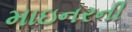
માઇનરની